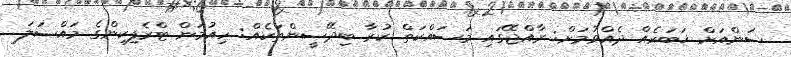
ސަންއަށް ޚަބަރެއް ދެއްވުމަށް: ރާއްޖޭގައި މަސައްކަތް ކުރާ ބިދޭސީންތަކެއް: ހިއުމަން ޓްރެފިކިންގެ މައްސަލަ